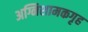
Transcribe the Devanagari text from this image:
अग्निशामकगृह